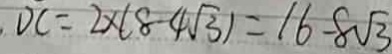
D C = 2 \times ( 8 - 4 \sqrt { 3 } ) = 1 6 - 8 \sqrt { 3 }